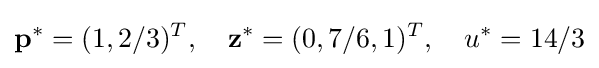
\mathbf {p} ^{*}=(1,2/3)^{T},\quad \mathbf {z} ^{*}=(0,7/6,1)^{T},\quad u^{*}=14/3